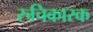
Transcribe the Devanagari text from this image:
रुचिकारक